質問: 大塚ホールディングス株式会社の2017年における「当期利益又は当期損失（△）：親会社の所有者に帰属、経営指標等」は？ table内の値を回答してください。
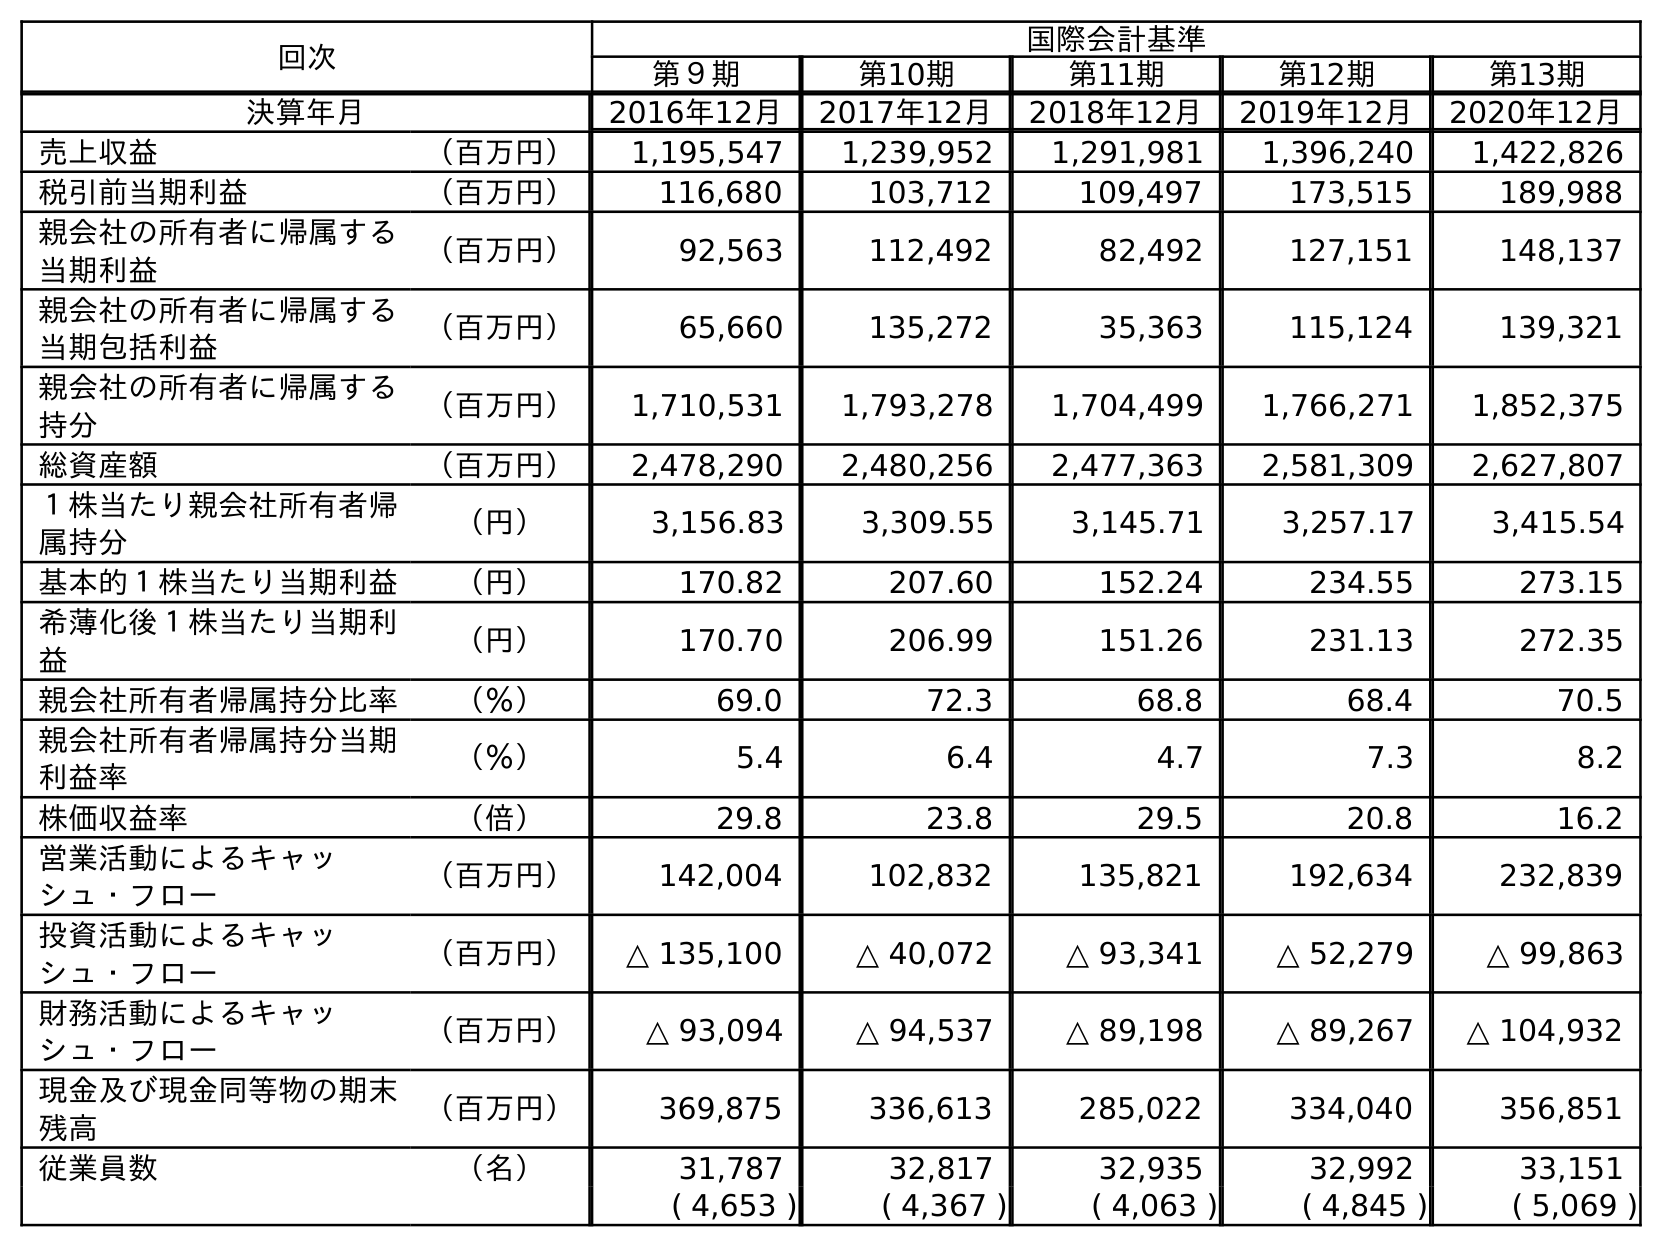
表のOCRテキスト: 回次 国際会計基準 第９期 第10期 第11期 第12期 第13期 決算年月 2016年12月 2017年12月 2018年12月 2019年12月 2020年12月 売上収益 （百万円） 1,195,547 1,239,952 1,291,981 1,396,240 1,422,826 税引前当期利益 （百万円） 116,680 103,712 109,497 173,515 189,988 親会社の所有者に帰属する 当期利益 （百万円） 92,563 112,492 82,492 127,151 148,137 親会社の所有者に帰属する 当期包括利益 （百万円） 65,660 135,272 35,363 115,124 139,321 親会社の所有者に帰属する 持分 （百万円） 1,710,531 1,793,278 1,704,499 1,766,271 1,852,375 総資産額 （百万円） 2,478,290 2,480,256 2,477,363 2,581,309 2,627,807 １株当たり親会社所有者帰 属持分 （円） 3,156.83 3,309.55 3,145.71 3,257.17 3,415.54 基本的１株当たり当期利益 （円） 170.82 207.60 152.24 234.55 273.15 希薄化後１株当たり当期利 益 （円） 170.70 206.99 151.26 231.13 272.35 親会社所有者帰属持分比率 （％） 69.0 72.3 68.8 68.4 70.5 親会社所有者帰属持分当期 利益率 （％） 5.4 6.4 4.7 7.3 8.2 株価収益率 （倍） 29.8 23.8 29.5 20.8 16.2 営業活動によるキャッ シュ・フロー （百万円） 142,004 102,832 135,821 192,634 232,839 投資活動によるキャッ シュ・フロー （百万円） △ 135,100 △ 40,072 △ 93,341 △ 52,279 △ 99,863 財務活動によるキャッ シュ・フロー （百万円） △ 93,094 △ 94,537 △ 89,198 △ 89,267 △ 104,932 現金及び現金同等物の期末 残高 （百万円） 369,875 336,613 285,022 334,040 356,851 従業員数 （名） 31,787 32,817 32,935 32,992 33,151 ( 4,653 ) ( 4,367 ) ( 4,063 ) ( 4,845 ) ( 5,069 )
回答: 112,492